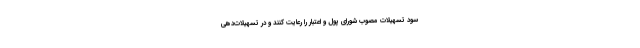
سود تسهیلات مصوب شورای پول و اعتبار را رعایت کنند و در تسهیلات‌دهی